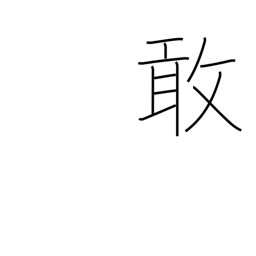
Meaning: sad